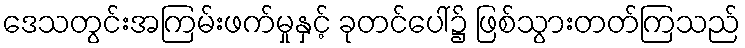
ဒေသတွင်းအကြမ်းဖက်မှုနှင့် ခုတင်ပေါ်၌ ဖြစ်သွားတတ်ကြသည်